Bréfritari: Sigríður Pálsdóttir
Viðtakandi: Páll Pálsson
Dagsetning: A-1869-06-25
Skrifað á: Breiðabólsstað  Rang.
Páll var bróðir Sigríðar

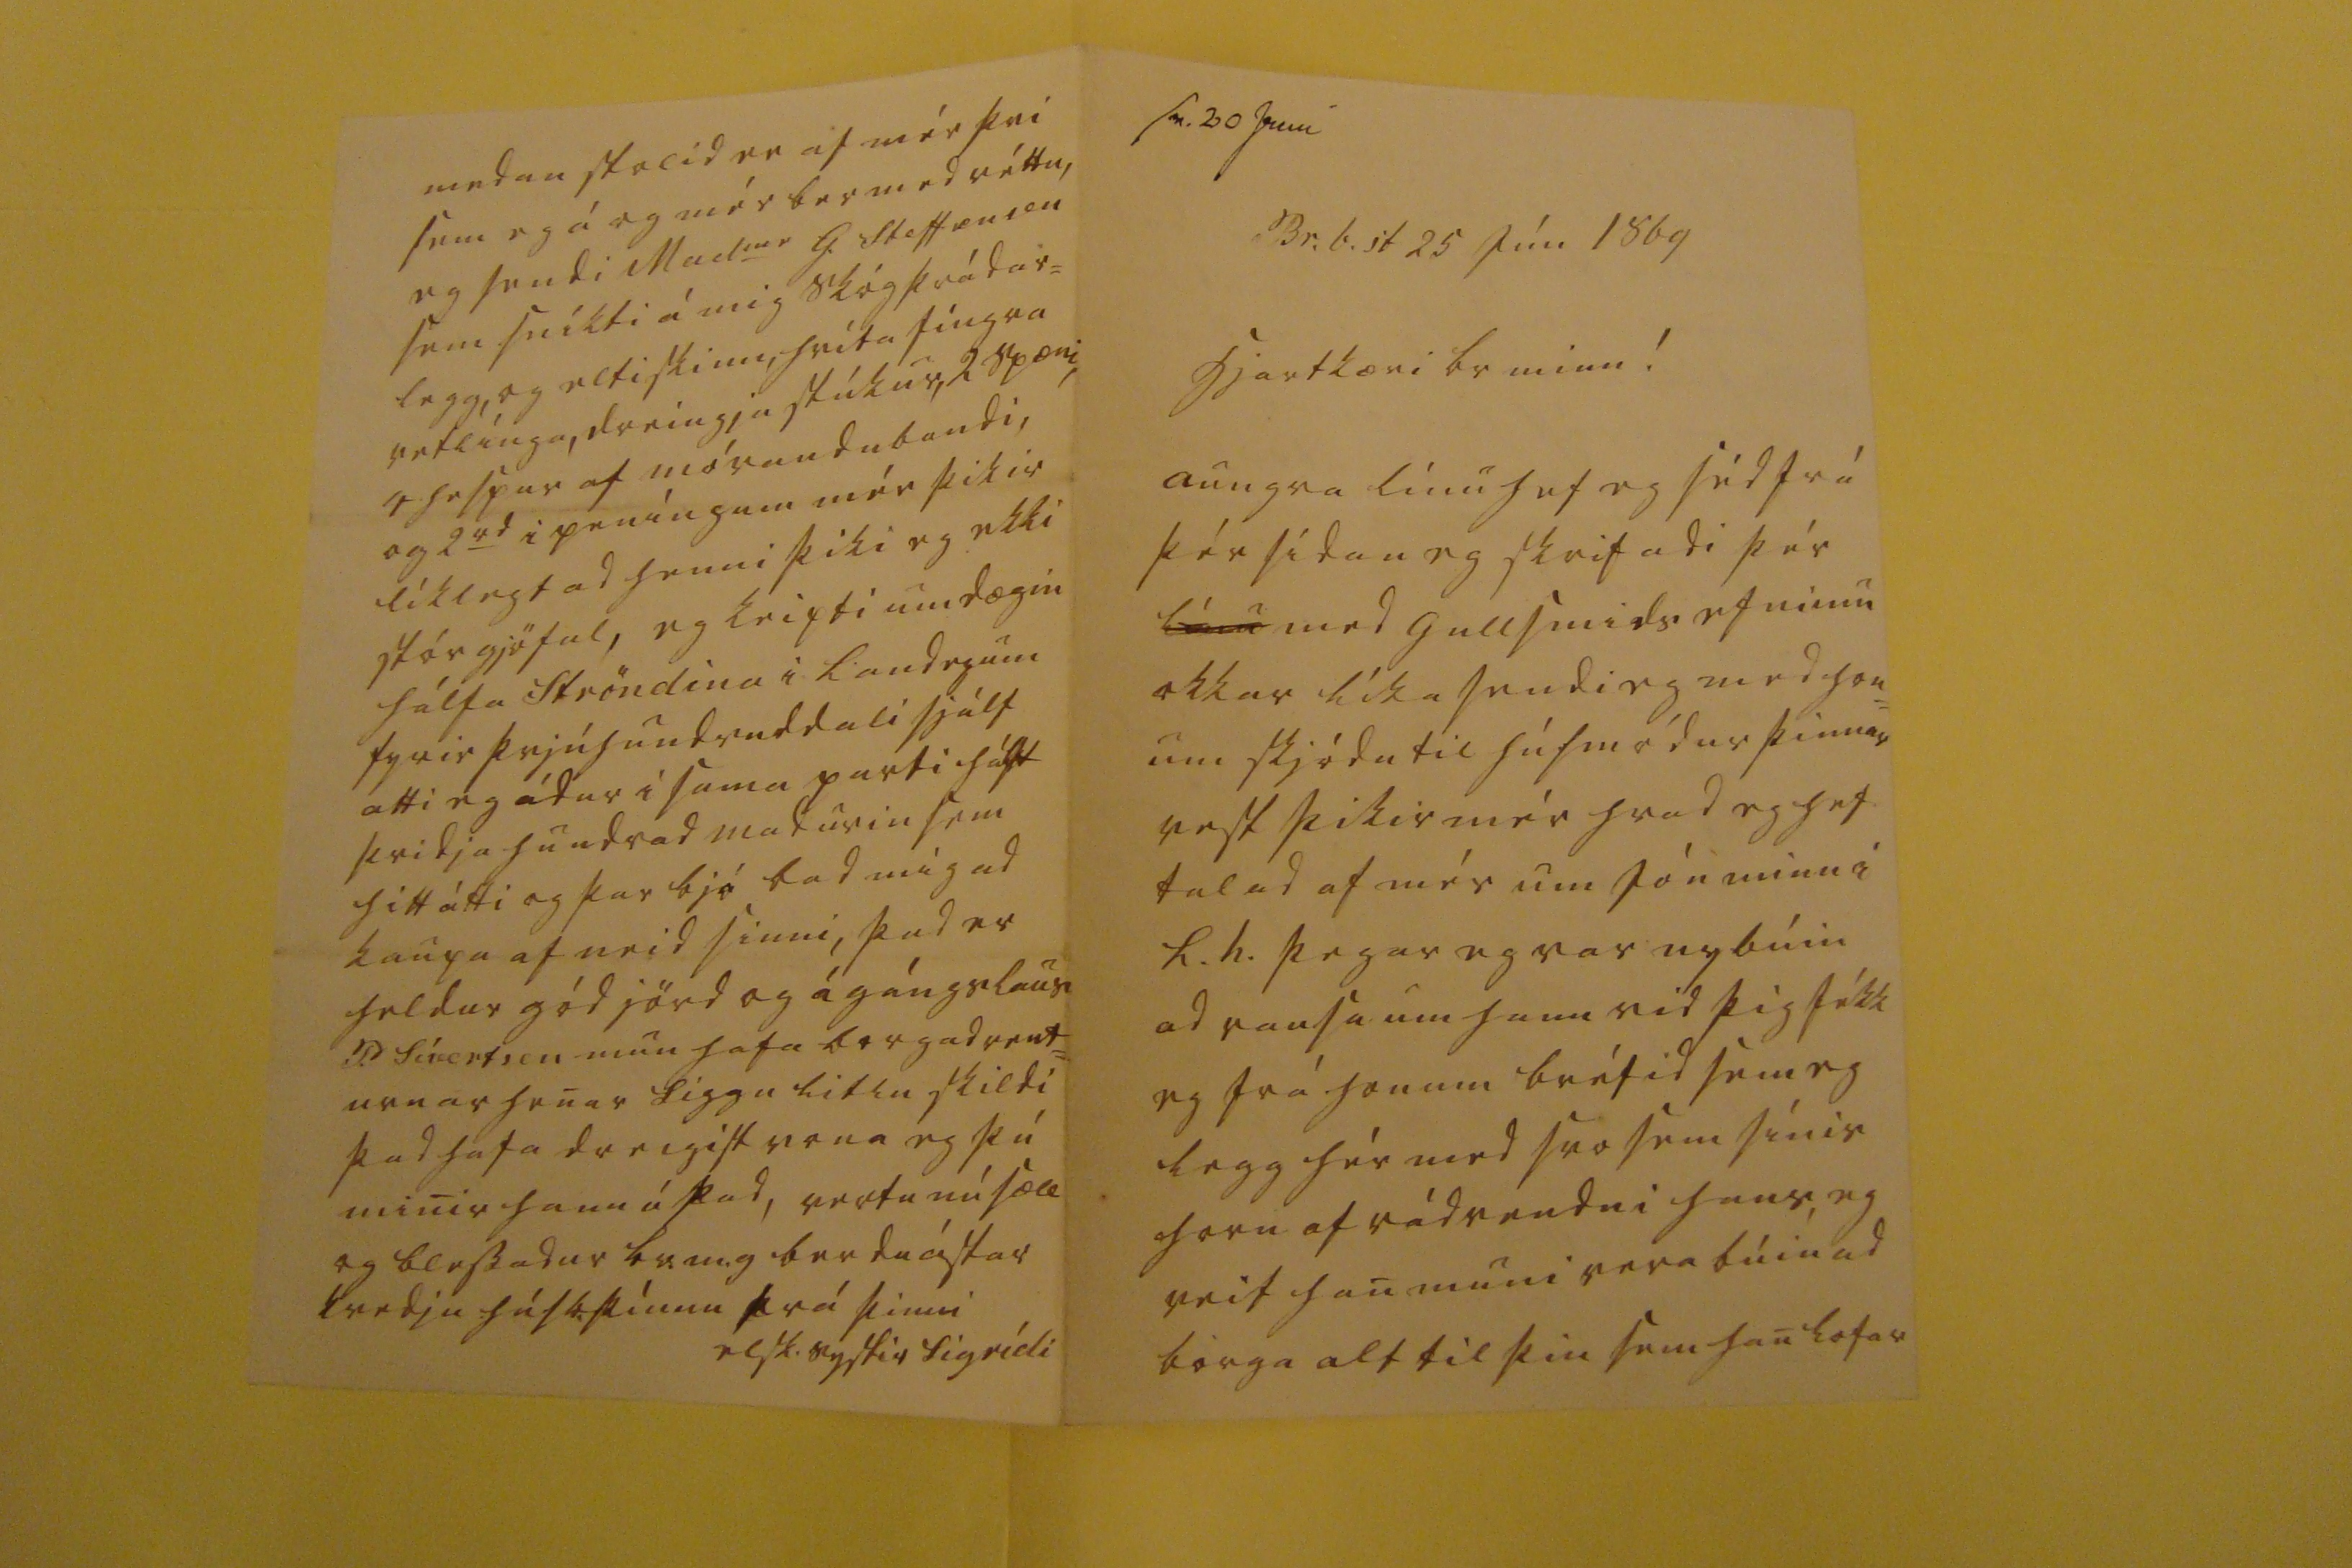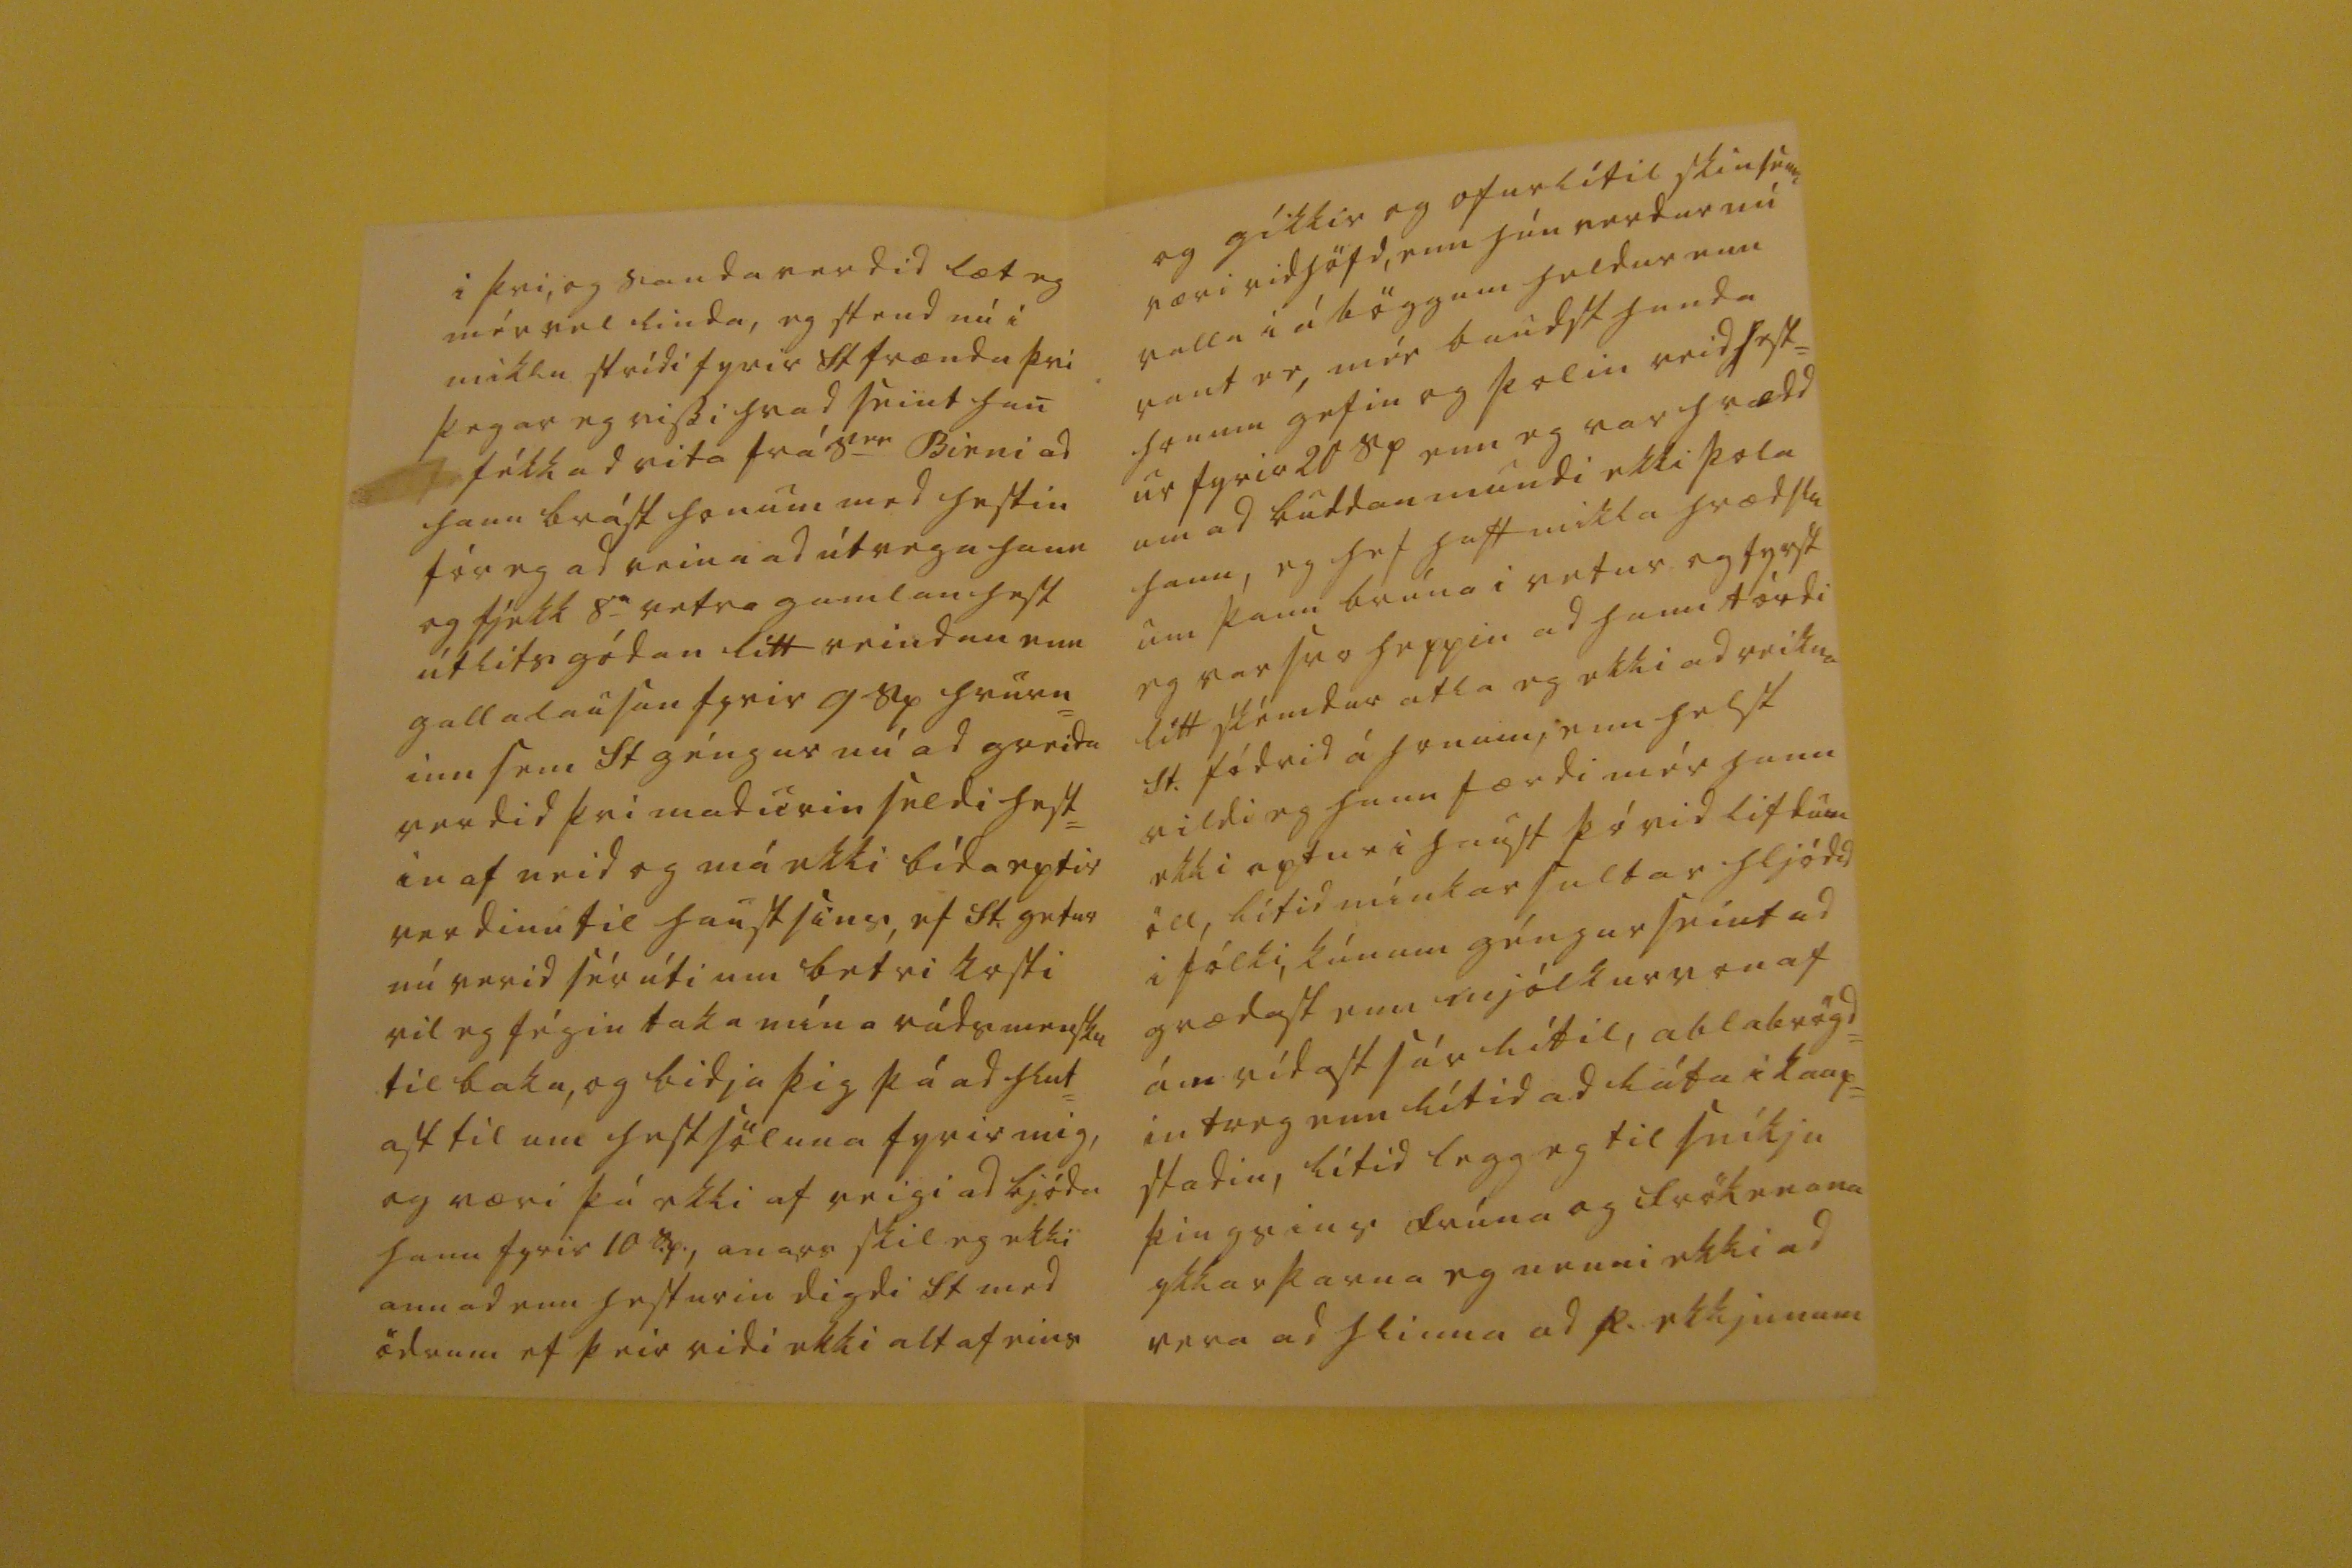

sv. 20 Juní
Br.b.st 25 Jún 1869
hjartkæri br minn!
aungva línu hef eg séd frá þér sídan eg skrifadi þér
línu
med Gullsmids efninu okkar líka sendi eg med hon= um skjódu til húsmódur þinnar vest þikir mér hvad eg hef talad af mér um Jón minn i L.h. þegar eg var nybúin ad rausa um hann vid þig fékk eg frá honum bréfid sem eg legg hér med svo sem sínis horn af rádvendni hans, eg veit han muni vera búin ad borga alt til þin sem han lofar
i þvi, og sandaverdid læt eg mér vel linda, eg stend nú i miklu strídi fyrir St frænda þvi þegar eg vissi hvad seint han fékk ad vita frá S
er
Birni ad hann brást honum med hestin fór eg ad reina ad útvega hann og fjekk 8
a
vetra gamlan hest útlits gódan lítt reindan enn gallalausan fyrir 9 Sp hvurn= inn sem St géngur nú ad greida verdid þvi madurin seldi hest= in af neid og má ekki bída eptir verdinu til haustsins, ef St. getur nú verid sér úti um betri kosti vil eg fégin taka mína rádsmensku til baka, og bidja þig þá ad hlut= ast til um hestsöluna fyrir mig, og væri þá ekki af veigi ad bjóda hann fyrir 10 S.p., anars skil eg ekki annad enn hesturin digdi St med ödrum ef þeir ridi ekki altaf eins
og gíkkir og ofurlítil skinsemi væri vidhöfd, enn hún verdur nú valla i á böggum heldur enn vant er, mér baudst handa honum gefin og þolin reidhest= ur fyrir 20 Sp enn eg var hrædd um ad buddan mundi ekki þola hann, eg hef haft mikla hrædslu um þann brúna i vetur og fyrst eg var svo heppin ad hann tórdi lítt skémdur atla eg ekki ad reikna St. fódrid á honum, enn helst vildi eg hann færdi mér hann ekki aptur i haust þó vid lifdum öll, lítid mínkar sultar hljódid i fólki, kúnum géngur seint ad grædast enn mjólkurvon af ám vídast sár lítil, ablabrögd= in treg enn lítid ad láta i kaup= stadin, lítid legg eg til sníkju þingsins frúna og frökenana ykkar þarna eg nenni ekki ad vera ad hlinna ad p. ekkjunum
medan stolid er af mér þvi sem eg á og mér ber med réttu, eg sendi Mad
me
G. Steffensen sem sníkti á mig Skógþrádar= legg, og eltiskinn, hvíta fíngra vetlínga, dreingja stúkur, 2 spæni, 4 hespur af móraudu bandi, og 2s
rd
i peníngum mér þikir líklegt ad henni þiki eg ekki stórgjöful, eg keipti um dægin hálfa Ströndina i Landeyum fyrir þrjúhundrud dali sjálf atti eg ádur i sama parti hálft þridja hundrad madurin sem hitt átti og þar bjó bad mig ad kaupa af neid sinni, þad er heldur gód jörd og ágángslaus P. Sívertsen mun hafa borgad rent= urnar henar Siggu litlu skildi þad hafa dreigist vona eg þú minir hann á þad, vertu nú sæll og blessadur br.m.g berdu ástar kvedju húsb.
þínnu
frá þinni
elsk. systir Sigrídi